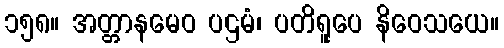
၁၅၈။ အတ္တာနမေဝ ပဌမံ၊ ပတိရူပေ နိဝေသယေ။